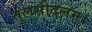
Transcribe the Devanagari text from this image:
तुलसीदलम्।